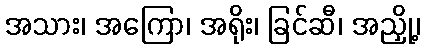
အသား၊ အကြော၊ အရိုး၊ ခြင်ဆီ၊ အညှို့၊